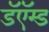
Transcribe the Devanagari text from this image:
डॅऍम्ड